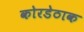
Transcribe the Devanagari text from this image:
कोरडेठाक